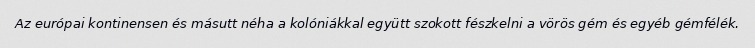
Az európai kontinensen és másutt néha a kolóniákkal együtt szokott fészkelni a vörös gém és egyéb gémfélék.